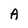
Character: A